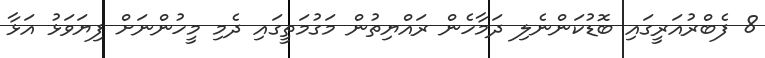
8 ފެބްރުއަރީގައި ބޮޑުކަންނެލި ދަމާހެން ރައްޔިތުން މަގުމަތީގައި ދެމި މީހުންނަށް ފިޔަވަޅު އަޅާ